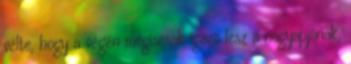
vélte, hogy a végén mégiscsak igaza lesz a nagyapjának,